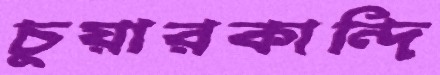
চুয়ারকান্দি